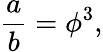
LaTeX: {\frac{a}{b}}=\phi^{3},